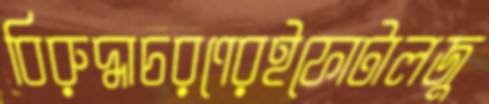
বিরুদ্ধাচরণেরইফোটালজু